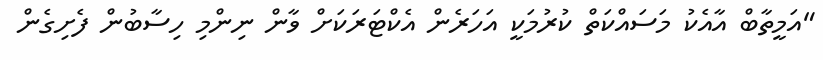
"އަމީތާބް އާއެކު މަސައްކަތް ކުރުމަކީ އަހަރެން އެކްޓަރަކަށް ވާން ނިންމި ހިސާބުން ފެށިގެން